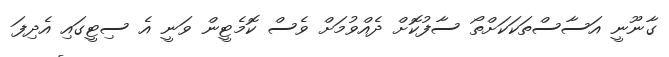
ގާނޫނީ އަސާސްތަކަކަށްތޯ ސާފުކޮށް ދެއްވުމަށް ވެސް ކޮމެޓީން ވަނީ އެ ސިޓީގައި އެދިފަ